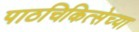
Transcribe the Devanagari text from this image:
पाठचिकित्सेच्या